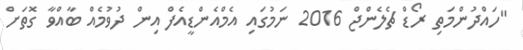
"ހައްދުންމަތި ރޯޑް ޗެލެންޖް 2016 ނަމުގައި އެމްއެންޑީއެފް އިން ދުވުމެއް ބާއްވާ ގޮތަށް